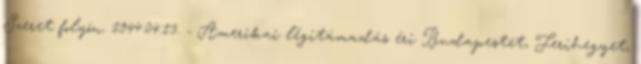
Szeret folyón. 1944.04.13. - Amerikai légitámadás éri Budapestet, Ferihegyet,